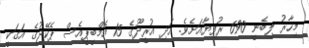
މިހާރު ލިބެނީ 690 ރުފިޔާއަށެވެ. އަދި އުރީދޫގެ 15 އެމްބީޕީއެސް ޕެކޭޖުގެ އަގަކީ